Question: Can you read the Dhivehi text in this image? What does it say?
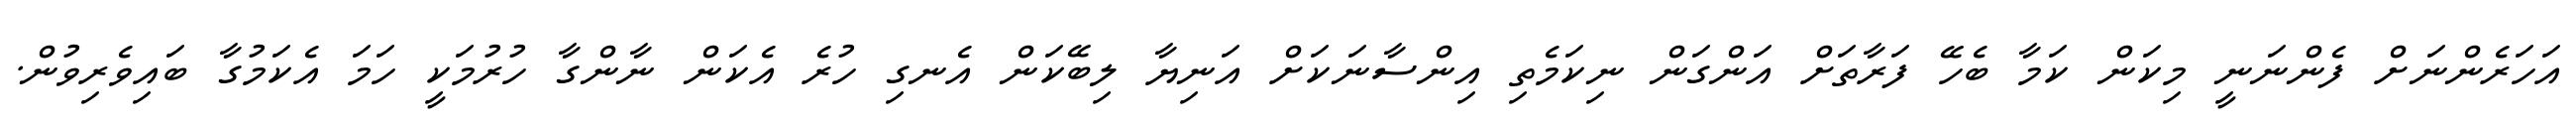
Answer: އަހަރެންނަށް ފެންނަނީ މިކަން ކަމާ ބެހޭ ފަރާތަށް އަންގަން ނިކަމެތި އިންސާނަކަށް އަނިޔާ ލިބޭކަން އެނގި ހުރެ އެކަން ނާންގާ ހުރުމަކީ ހަމަ އެކަމުގާ ބައިވެރިވުން.